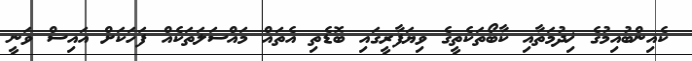
ކެއިންބުއިމުގެ ޚިދުމަތާއި ކާބޯތަކެތީގެ ވިޔަފާރީގައި ބޮޑެތި އެތައް މައްސަލަތަކެއް ފަހަކަށް އައިސް ވަނީ